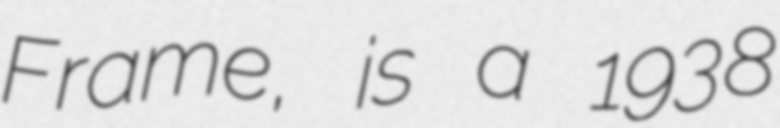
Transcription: Frame, is a 1938